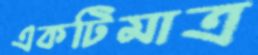
একটিমাত্র